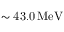
\mathrm { \sim 4 3 . 0 \, M e V }